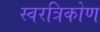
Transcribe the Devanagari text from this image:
स्वरत्रिकोण